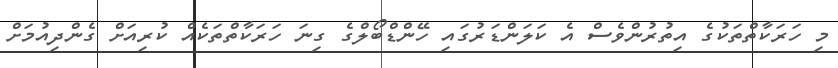
މި ހަރަކާތްތަކުގެ އިތުރުންވެސް އެ ކަލަންޑަރުގައި ހޭންޑްބޯލްގެ ގިނަ ހަރަކާތްތަކެއް ކުރިއަށް ގެންދިއުމަށް